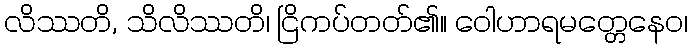
လိဿတိ, သိလိဿတိ၊ ငြိကပ်တတ်၏။ ဝေါဟာရမတ္တေနေဝ၊